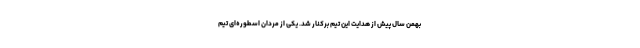
بهمن سال پیش از هدایت این تیم برکنار شد. یکی از مردان اسطوره‌ای تیم